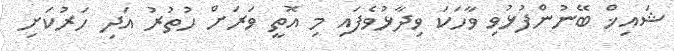
ޝައިޚް ބޭނުންފުޅުވި ވާހަކަ ވިދާޅުވެފައި މި އޮތީ ވަރަށް ހުތުރު އަދި ހަރުކަށި